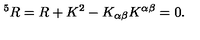
^ 5 R = R + K ^ { 2 } - K _ { \alpha \beta } K ^ { \alpha \beta } = 0 .